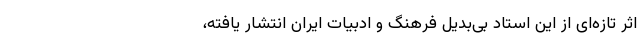
اثر تازه‌ای از این استاد بی‌بدیل فرهنگ و ادبیات ایران انتشار یافته،